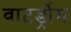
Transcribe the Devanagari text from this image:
वाटर्ड्रोम